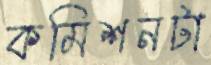
কমিশনটা